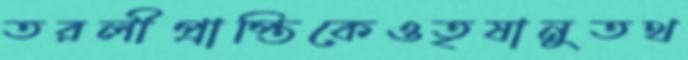
তরলীপ্রাপ্তিকেওতৃষানুতথ